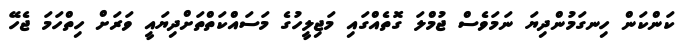
ކަންކަން ހިނގަމުންދިޔަ ނަމަވެސް ޖުމްލަ ގޮތެއްގައި މަޖިލީހުގެ މަސައްކަތްތަށްދިޔައީ ވަރަށް ހިތްހަމަ ޖެހޭ